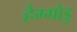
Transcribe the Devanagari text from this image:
हेग्गोडु